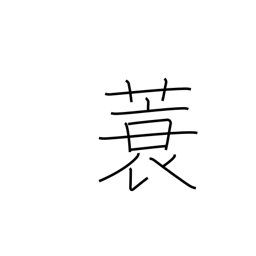
Meaning: straw raincoat